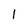
Character: l